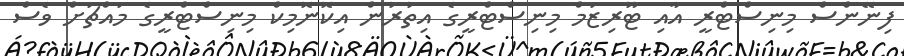
ފިނޭންސް މިނިސްޓްރީ އާއި ޓޫރިޒަމް މިނިސްޓްރީގެ އިތުރުން އިކޮނޮމިކް މިނިސްޓްރީގެ މައްޗަށް ވެސް